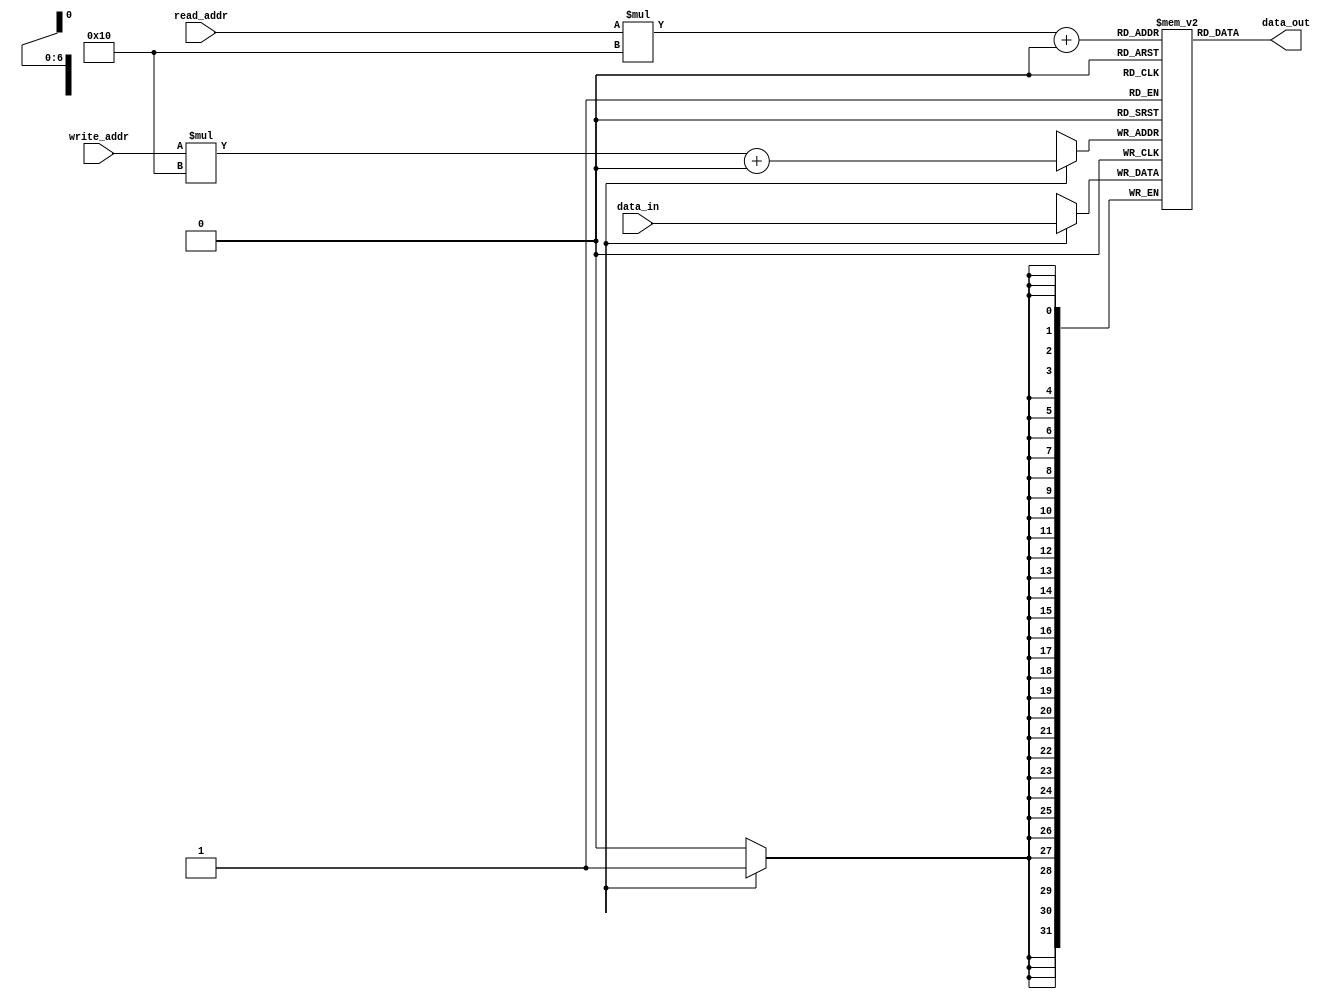
module MemoryBlocksStack( //module declaration
  input wire [31:0] data_in, //input data to be written to the register file
  input wire [4:0] write_addr, //address of the register to write to
  input wire [4:0] read_addr, //address of the register to read from
  output reg [31:0] data_out //output data read from the register file
);

//parameter declaration
parameter NUM_BLOCKS = 8; //number of memory blocks in the register file
parameter NUM_REGISTERS = 16; //number of registers in each memory block

//definition of memory blocks stack
reg [31:0] registers [NUM_BLOCKS-1:0][NUM_REGISTERS-1:0];

//writing data to the specified register
always @ (posedge clk) begin //synchronous logic using clock signal
  if (write_enable) begin //write operation only when write_enable signal is high
    registers[write_addr][5'h0] <= data_in; //write data to the specified register
  end
end

//reading data from the specified register
always @ (read_addr) begin //combinational logic for read operation
  data_out = registers[read_addr][5'h0]; //read data from the specified register
end

endmodule